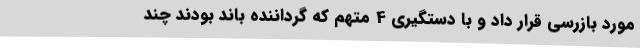
مورد بازرسی قرار داد و با دستگیری 4 متهم که گرداننده باند بودند چند